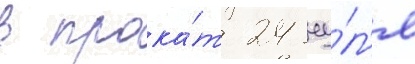
в прока́т 24 иу́л'я